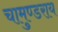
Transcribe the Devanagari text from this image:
चामुण्डराय